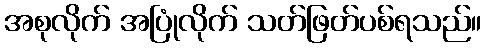
အစုလိုက် အပြုံလိုက် သတ်ဖြတ်ပစ်ရသည်။